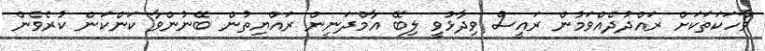
ވާހަކަތަކަށް ރައްދުދެއްވަމުން ރައީސް ވިދާޅުވީ ލިބޭ އާމްދަނީން ރައްޔިތުން ބޭނުންވާ ކަންކަން ކުރެވެން